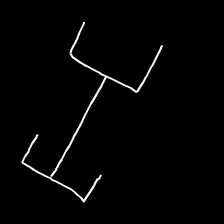
Glyph: entwine